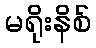
မရိုးနိစ်